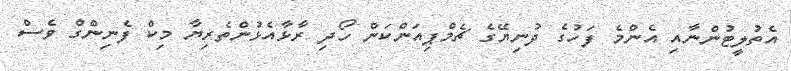
އެތުލީޓުންނާއި އެންމެ ފަހުގެ ދުނިޔޭގެ ޗެމްޕިއަންކަން ހޯދި ރާޅާއެޅުންތެރިޔާ މިކް ފެނިންގް ވެސް